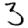
Digit: 3